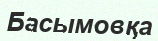
Басымовқа